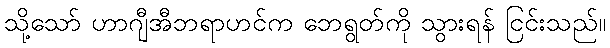
သို့သော် ဟာဂျီအီဘရာဟင်က ဘေရွတ်ကို သွားရန် ငြင်းသည်။